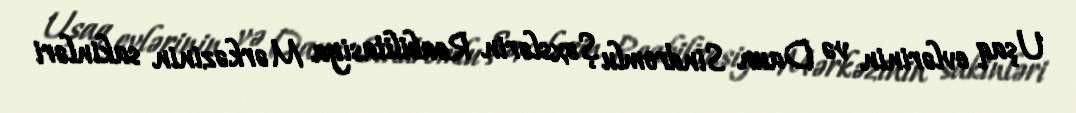
Uşaq evlərinin və Daun Sindromlu Şəxslərin Reabilitasiya Mərkəzinin sakinləri